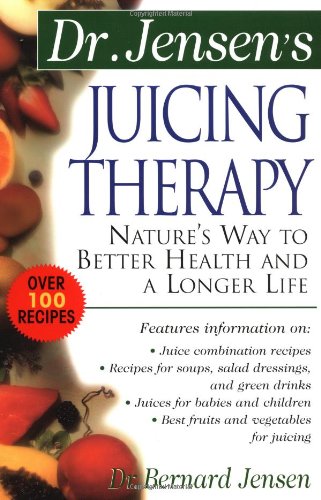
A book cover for Dr. Jensen's Juicing Therapy : Nature's Way to Better Health and a Longer Life; Bernard Jensen; Cookbooks, Food & Wine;